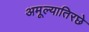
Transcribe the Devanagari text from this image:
अमूल्यातिरछे